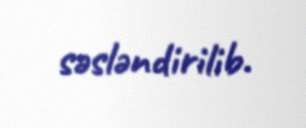
səsləndirilib.